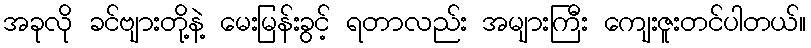
အခုလို ခင်ဗျားတို့နဲ့ မေးမြန်းခွင့် ရတာလည်း အများကြီး ကျေးဇူးတင်ပါတယ်။